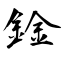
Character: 鍂